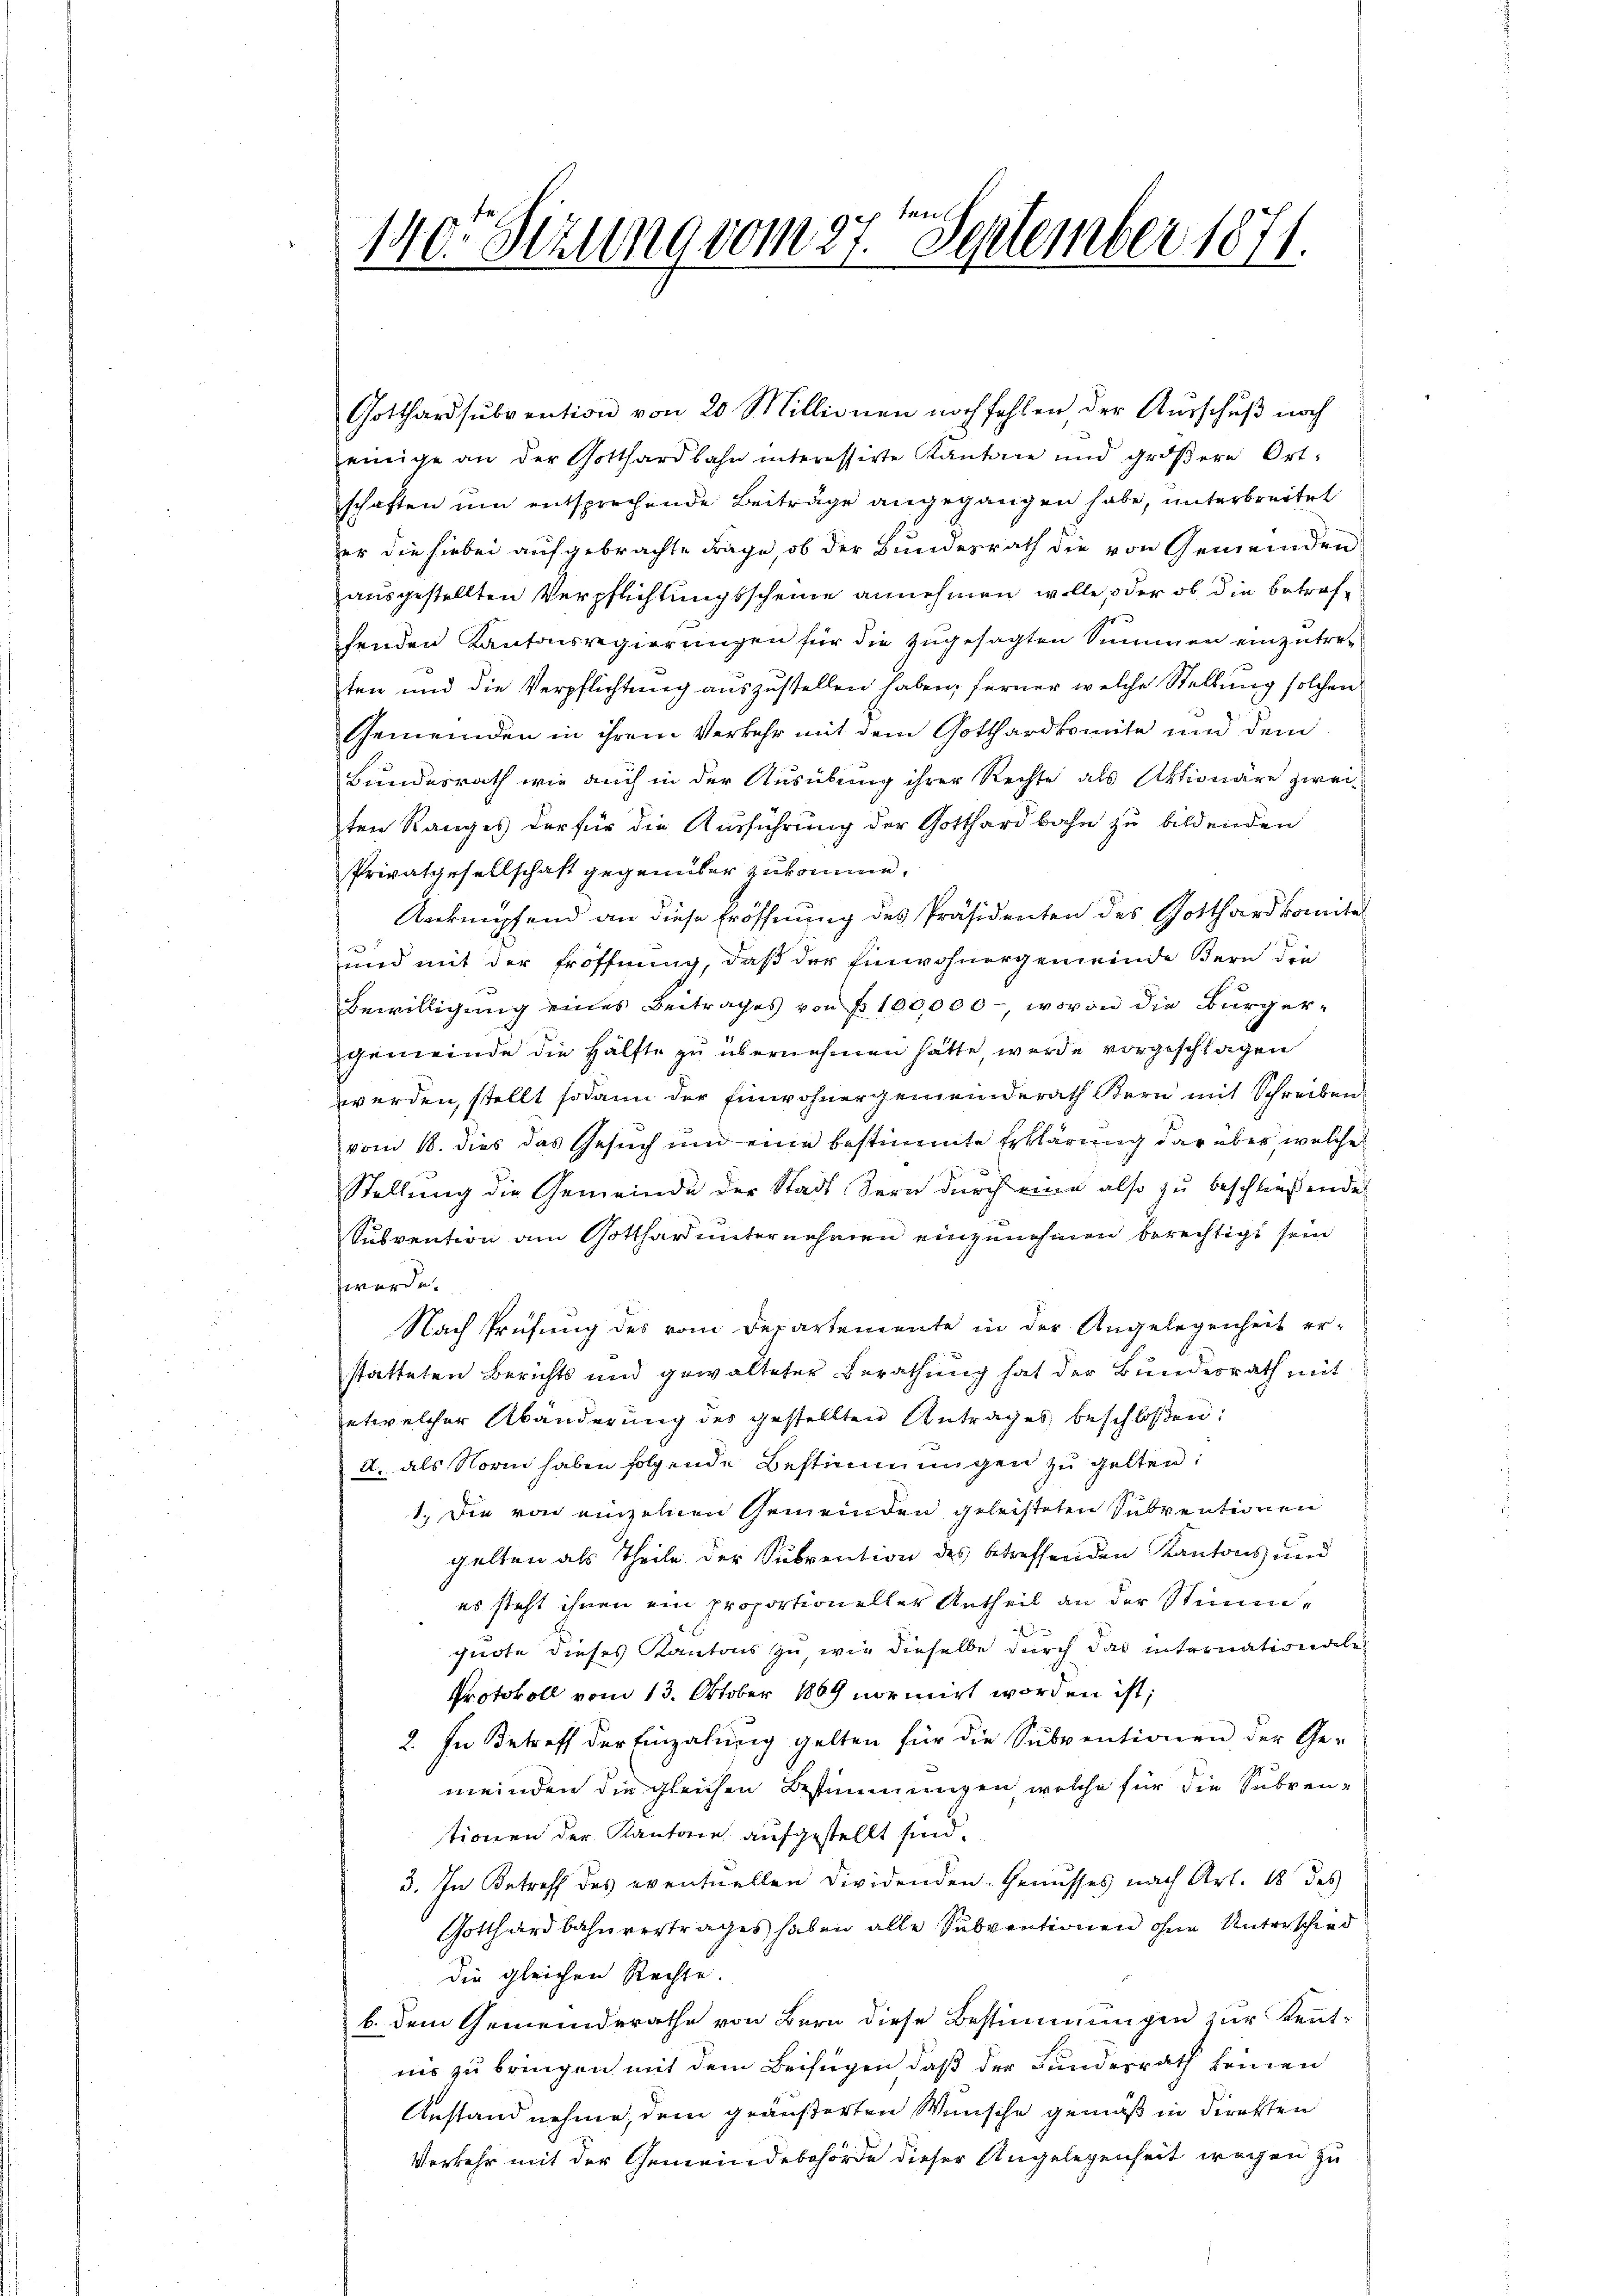
140 Sezung vom 27.t September 1871.

Gotthardsŭbvention von 20 Millionen noch fehlen der Aŭsschŭβ noch
einige an der Gotthardbahn interessirte Kantone und gröβere Ortschaften um entsprechende Beiträge angegangen habe, unterbreitet
er die hiebei aufgebrachte Frage, ob der Bundesrath die von Gemeinden
ausgestellten Verpflichtungsscheine annehmen wolle, oder ob die betroffenden Kantonsregierungen für die zugesagten Summen einzutret
ten und die Verpflichtung auszustellen haben; ferner welche Stellung solchen
Gemeinden in ihrem Verkehr mit dem Gotthardkomite und dem
Bundesrath wie auch in der Ausübung ihrer Rechte als Aktionäre zweiten Ranges der für die Ausführung der Gotthardbahn zu bildenden
Privatgesellschaft gegenüber zukomme.
Anknüpfend an diese Eröffnung des Präsidenten des Gotthardkomite
und mit der Eröffnung, daß der Einwohnergemeinde Bern die
Bewilligung eines Beitrages von fr. 100,000, wovon die Bürgergemeinde die Hälfte zu übernehmen hätte, wurde vorgeschlagen
werden, stellt sodann der Einwohnergemeinderath Bern mit Schreiben
vom 18. dies das Gesuch und eine bestimmte Erklärung darüber, welche
Stellung die Gemeinde der Stadt Bern durch eine also zu beschließende
Subvention am Gotthard unternehmen einzunehmen berechtigt sein
werde.
Nach Prüfung des vom Departemente in der Angelegenheit er-
statteten Berichts und gewalteter Berathung hat der Bundesrath mit
etwelcher Abänderung des gestellten Antrages beschloßen:
A. als Norm haben folgende Bestimmungen zu gelten:
1.) Die von einzelnen Gemeinden geleisteten Subventionen
gelten als Theile der Subvention des betreffenden Kantons und
es steht ihren ein proportioneller Antheil an der Stimmguote dieses Kantons zu wie dieselbe durch das internationale
Protokoll vom 13. Oktober 1869 normirt worden ist;
2. In Betreff der Einzahung gelten für die Subventionen der Ge-
meinden die gleichen Bestimmungen welche für die Subven-
tionen der Kantone aufgestellt sind.
3. In Betreff des eventuellen Dividenden - Genusses nach Art. 18 des
Gotthardbahnvertrages haben alle Subventionen ohne Unterschied
die gleichen Rechte.
b. dem Gemeindsrathe von Bern diese Bestimmungen zur Kenntnis zu bringen mit dem Beifügen daß der Fundesrath keinen
Anstand nehme, dem geäußerten Wünsche gemäß in direkten
Verkehr mit der Gemeindebehörde dieser Angelegenheit wegen zu